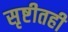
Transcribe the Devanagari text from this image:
सृष्टीतही